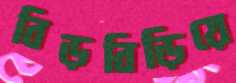
বিড়বিড়িয়ে